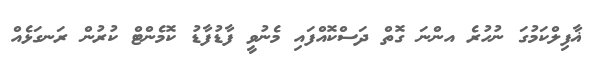
ޣާފިލްކަމުގަ ނުހުރެ އންނަ ގޮތް ދަސްކޮއްފައި މެނުވީ ފާޑުފާޑު ކޮމެންޓް ކުރުން ރަނގަޅެއް